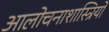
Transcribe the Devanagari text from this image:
आलोचनाशास्त्रियों